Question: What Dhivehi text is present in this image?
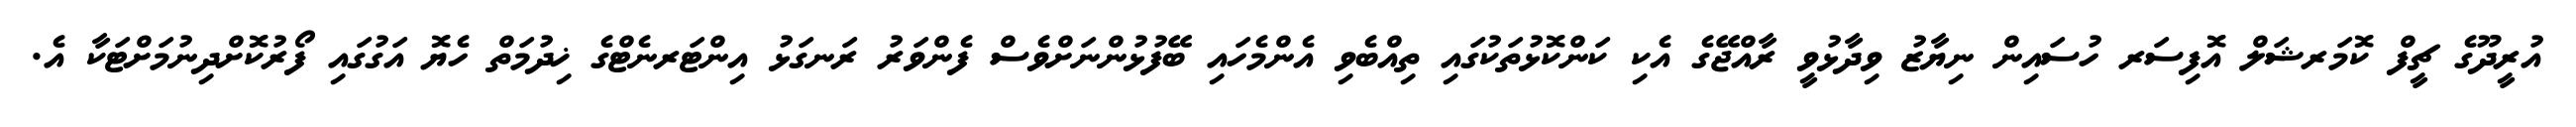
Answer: އުރީދޫގެ ޗީފް ކޮމަރޝަލް އޮފިސަރ ހުސައިން ނިޔާޒު ވިދާޅުވީ ރާއްޖޭގެ އެކި ކަންކޮޅުތަކުގައި ތިއްބެވި އެންމެހައި ބޭފުޅުންނަށްވެސް ފެންވަރު ރަނގަޅު އިންޓަރނެޓްގެ ޚިދުމަތް ހެޔޮ އަގުގައި ފޯރުކޮށްދިނުމަށްޓަކާ އެ.